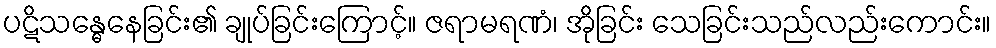
ပဋိသန္ဓေနေခြင်း၏ ချုပ်ခြင်းကြောင့်။ ဇရာမရဏံ၊ အိုခြင်း သေခြင်းသည်လည်းကောင်း။